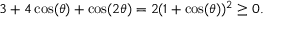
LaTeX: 3 + 4 \cos ( \theta ) + \cos ( 2 \theta ) = 2 ( 1 + \cos ( \theta ) ) ^ { 2 } \geq 0 .